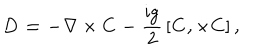
LaTeX: \bf D = - \nabla \times C - \mathrm { \frac { i g } { 2 } } \left[ C , \times C \right] ,